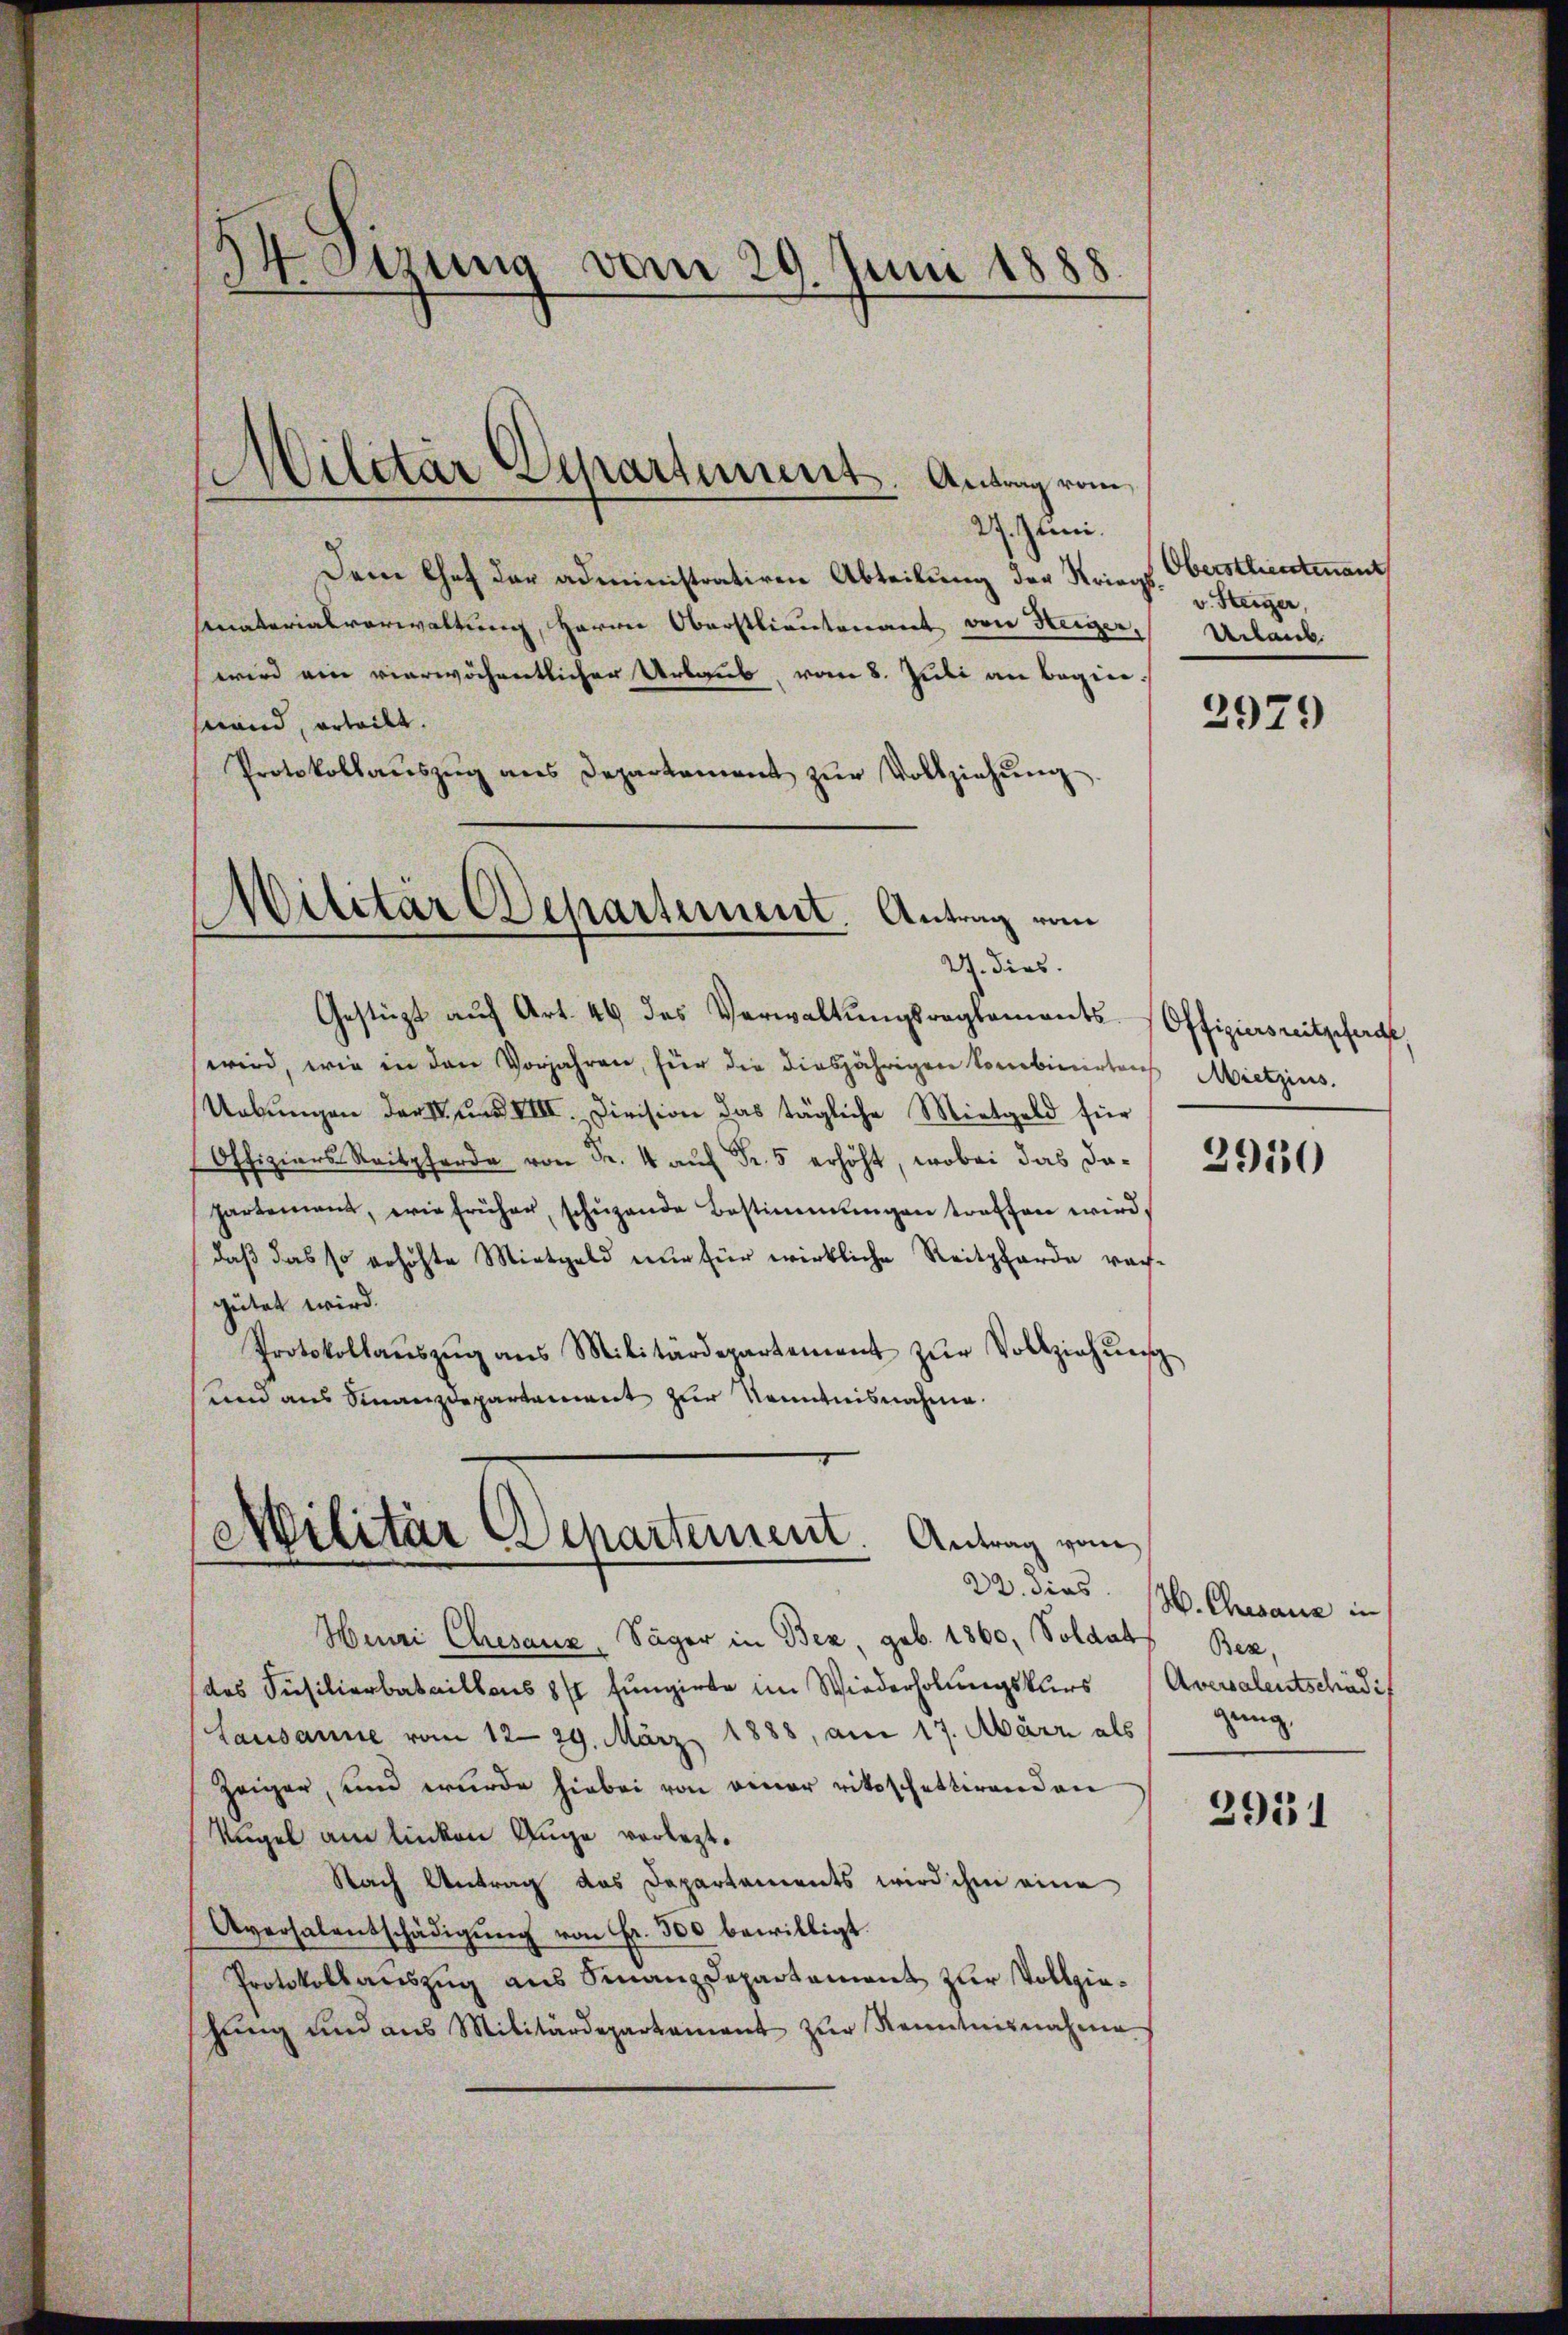
.
dr. Sitzung vom 29. Juni 1888.

27. Juni.
Dem Chef der administratiren Abteilung der Kriegssenaterialverwaltung, Herrn Oberstlieutenant von Heiger, Urlaub
wird ein vierwöchentlicher Urlaub, vom 8. Juli an beginsland, erteilt.
Protokollaŭszŭg ans Departement zŭr Vollziehŭng

Militär Departement. Antrag vom

Militär Departement Antrag vom
27. dies
Gestüzt auf Art. 46 des Verwaltungsrataments

wird, wie in den Vorjahren, für die diesjährigen Sombinirten Mietzins.
Uebungen der K. und VIII. Division das tägliche Mietgeld für
Offiziers Reitpferde von Fr. 4 aŭf Fr. 5 erhöht, wobei das dapartement, wie früher, schŭzende Bestimmungen treffen wird,
daß das so erhöhte Mietgeld nur für wirkliche Reitpferde rachgütet wird.
Protokollaŭszŭg ans Militärdepartement zŭr Vollziehŭng
und aus Finanzdepartement zur Kenntnisnahme.

Militär Departement. Antrag vom

Henri Chesauz, Säger in Bez geb. 1860, Soldabs Bez
des Füsilierbataillons 8 fungirte im Wiederholungskurs
Lausanne vom 12. 29. März 1888, am 17. Mair als
Zeiger, und wurde hiebei von einer rittschettirenden
Kugel am linken Auge verletzt.
Nach Antrag das Departements wird ihm eine
Aversalentschädigŭng von Fr. 500 bewilligt.
Protokollauszug aus Finanzdepartement zur Vollziehŭng und aus Militärdepartement zŭr Kenntnisnahme

Oberstlieutenant
v. Steiger,

2979

Offizierseitgefegt,

2950

22. dies 13. Chevaux in
Aversalentschädi
gung,

2911